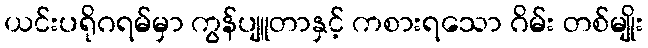
ယင်းပရိုဂရမ်မှာ ကွန်ပျူတာနှင့် ကစားရသော ဂိမ်း တစ်မျိုး